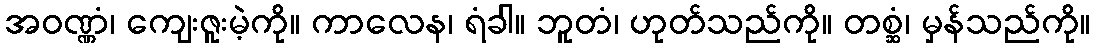
အဝဏ္ဏံ၊ ကျေးဇူးမဲ့ကို။ ကာလေန၊ ရံခါ။ ဘူတံ၊ ဟုတ်သည်ကို။ တစ္ဆံ၊ မှန်သည်ကို။